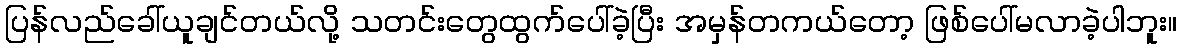
ပြန်လည်ခေါ်ယူချင်တယ်လို့ သတင်းတွေထွက်ပေါ်ခဲ့ပြီး အမှန်တကယ်တော့ ဖြစ်ပေါ်မလာခဲ့ပါဘူး။